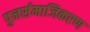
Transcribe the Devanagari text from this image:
पुनर्समाजिकरण